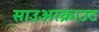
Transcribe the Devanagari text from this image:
साउअरक्राउट